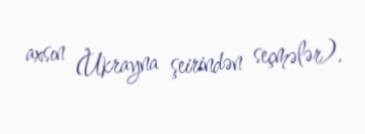
axsın (Ukrayna şeirindən seçmələr).